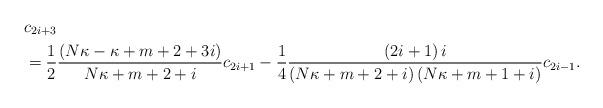
LaTeX: \begin{align*}& c_{2i+3}\\& =\frac{1}{2}\frac{\left( N\kappa-\kappa+m+2+3i\right) }{N\kappa+m+2+i}c_{2i+1}-\frac{1}{4}\frac{\left( 2i+1\right) i}{\left(N\kappa+m+2+i\right) \left( N\kappa+m+1+i\right) }c_{2i-1}.\end{align*}